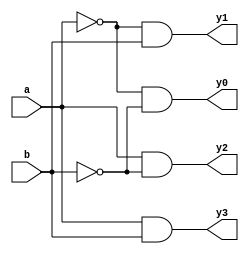
module decoder2_4
  (input a,b,
   output y0,y1,y2,y3);
  
  not nt1(n0,a);
  not nt2(n1,b);
  and a1(y0,n0,n1);
  and a2(y1,n0,b);
  and a3(y2,a,n1);
  and a4(y3,a,b);
endmodule